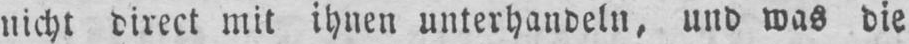
nicht direct mit ihnen unterhandeln, und was die